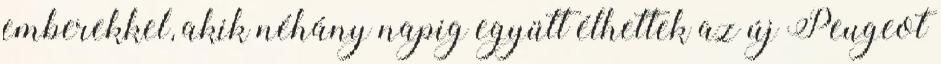
emberekkel, akik néhány napig együtt élhettek az új Peugeot